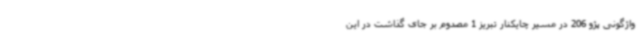
واژگونی پژو 206 در مسیر چایکنار تبریز 1 مصدوم بر جای گذاشت در این